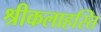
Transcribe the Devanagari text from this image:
श्रीकलाहस्ति